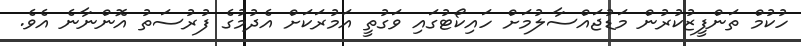
ހުކުމް ތަންފީޒުކުރުން މަޑުޖައްސާލުމަށް ހައިކޯޓުގައި ވަގުތީ އަމުރަކަށް އެދުމުގެ ފުރުސަތު އޮންނާނެ އެވެ.